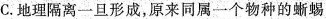
C. 地理隔离一旦形成，原来同属一个物种的蜥蜴